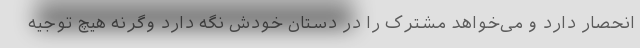
انحصار دارد و می‌خواهد مشترک را در دستان خودش نگه دارد وگرنه هیچ توجیه